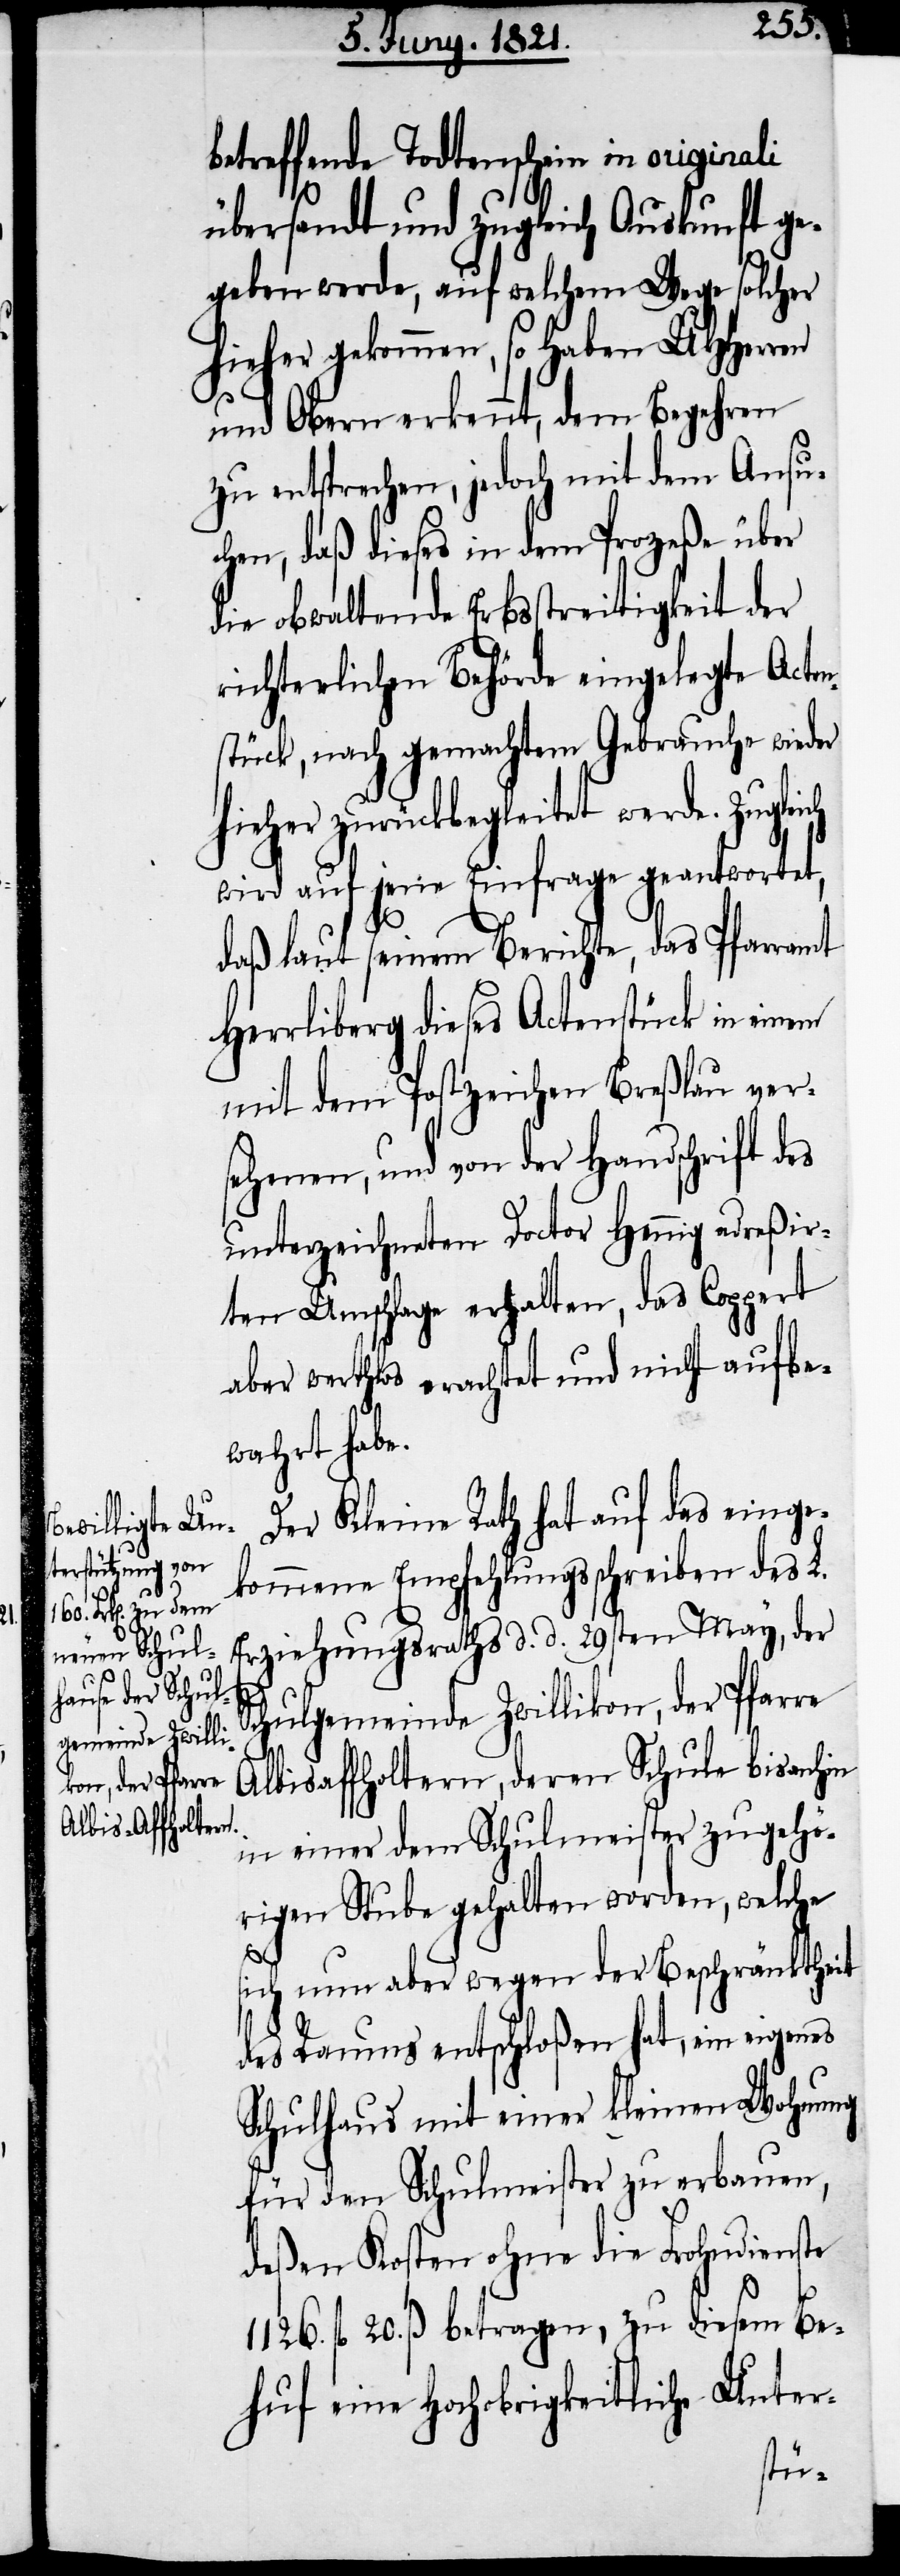
deren Schule
Albisaffholtern

betreffende Todtenschein in originali
übersandt und zugleich Auskunft ge¬
geben werde, auf welchem Wege solcher
hieher gekommen, so haben UHHerren
und Obern erkennt, dem Begehren
zu entsprechen, jedoch mit dem Ansu¬
chen, daß dieses in dem Prozeße über
die obwaltende Erbsstreitigkeit der
richterlichen Behörde eingelegte Acten¬
stück, nach gemachtem Gebrauche wieder
hieher zurückbegleitet werde. Zuglei¬
wird auf jene Einfrage geantwortet,
daß laut seinem Berichte, das Pfarramt
Herrliberg dieses Actenstück in einem
mit dem Postzeichen Breßlau ver¬
sehenen, und von der Handschrift des
unterzeichneten Doctor Hennig adreßir¬
ten Umschlage erhalten, das Coppert
aber werthlos erachtet und nicht aufbe¬
wahrt habe.
Der Kleine Rath hat auf das einge¬
kommene Empfehlungsscheiben des L.
Erziehungsraths d. d. 29sten May, der
Schulgemeinde Zwillikon, der Pfarre
in einer dem Schulmeister zugehö¬
rigen Stube gehalten worden, welche
ch
sich nun aber wegen der Beschränktheit
des Raumes entschloßen hat, ein eigenes
Schulhaus mit einer kleinen Wohnung
für den Schulmeister zu erbauen,
deßen Kosten ohne die Frohndienste
1126. fl. 20. ß betragen, zu diesem Be¬
huf eine Hochobrigkeitliche Unter-